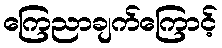
ကြေညာချက်ကြောင့်